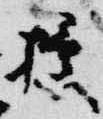
授